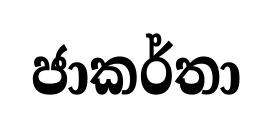
ජාකර්තා